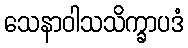
သေနာဝါသသိက္ခာပဒံ